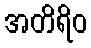
အတိရိဝ